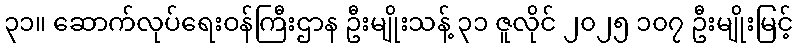
၃၁။ ဆောက်လုပ်ရေးဝန်ကြီးဌာန ဦးမျိုးသန့် ၃၁ ဇူလိုင် ၂၀၂၅ ၁၀၇ ဦးမျိုးမြင့်